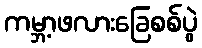
ကမ္ဘာ့ဖလားခြေစစ်ပွဲ